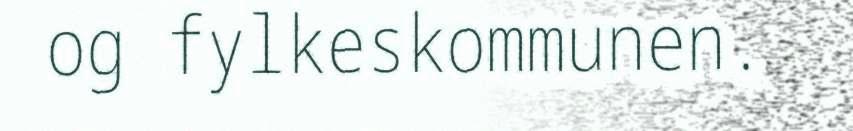
og fylkeskommunen.